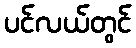
ပင်လယ်တွင်